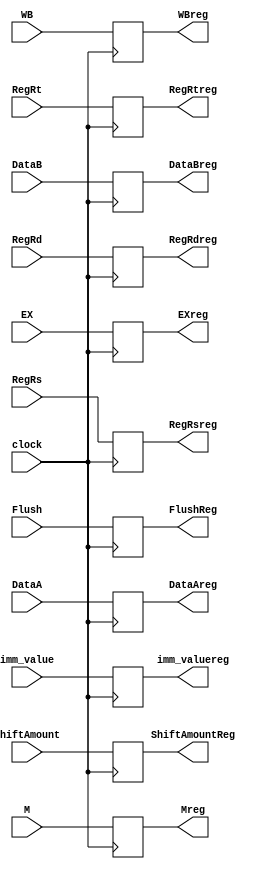
module IDEX(clock,Flush,WB,M,EX,DataA,DataB,imm_value,RegRs,RegRt,RegRd,ShiftAmount,FlushReg,WBreg,Mreg,EXreg,DataAreg,DataBreg,imm_valuereg,RegRsreg,RegRtreg,RegRdreg,ShiftAmountReg); 
    input clock; 
    input Flush;
    input  [1:0] WB; 
    input [1:0] M; 
    input [4:0] EX; 
    input [4:0] RegRs,RegRt,RegRd; 
    input [31:0] DataA,DataB,imm_value; 
    input [4:0] ShiftAmount;
    output reg [1:0] WBreg; 
    output reg [1:0] Mreg; 
    output reg [4:0] EXreg; 
    output reg[4:0] RegRsreg,RegRtreg,RegRdreg; 
    output reg[31:0] DataAreg,DataBreg,imm_valuereg; 
    output reg FlushReg;
    output reg [4:0] ShiftAmountReg = 0;
    always@(posedge clock) 
    begin 
        FlushReg <= Flush;
        WBreg <= WB; 
        Mreg <= M; 
        EXreg <= EX; 
        DataAreg <= DataA; 
        DataBreg <= DataB; 
        imm_valuereg <= imm_value; 
        RegRsreg <= RegRs; 
        RegRtreg <= RegRt; 
        RegRdreg <= RegRd; 
        ShiftAmountReg <= ShiftAmount;
    end 
     
endmodule